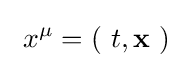
\ x^{\mu }=\left(\ t,\mathbf {x} \ \right)\